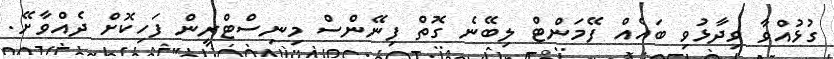
ގުޅުއްވާ ވިދާޅުވި ބައެއް ފޭމަންޓް ލިބޭނެ ގޮތް ފިނޭންސް މިނިސްޓްރީން ފަހިކޮށް ދެއްވާށޭ.